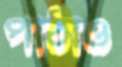
পাঠাও